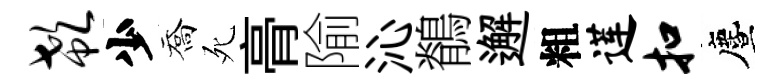
欷少喬死𮌔隃沁鶺邂粗莲扣󵨌